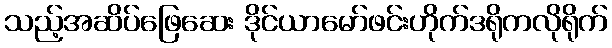
သည့်အဆိပ်ဖြေဆေး ဒိုင်ယာမော်ဖင်းဟိုက်ဒရိုကလိုရိုက်